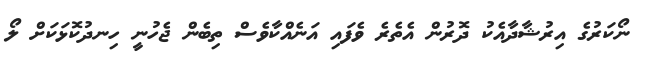
ނޯކަރުގެ އިރުޝާދާއެކު ދޮރުން އެތެރެ ވެފައި އަނެއްކާވެސް ތިބެން ޖެހުނީ ހިނދުކޮޅަކަށް ލޯ